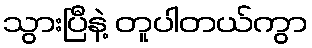
သွားပြီနဲ့ တူပါတယ်ကွာ